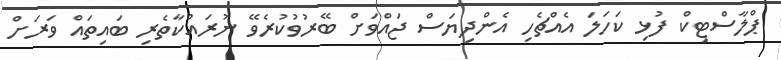
ޕްލާސްޓިކް ފުޅި ކަހަލަ އެއްޗެހި އެންދިޔަސް ޖައްވަށް ބޭރުވުކުރެވޭ ނުރައްކާތެރި ބައިތައް ވަރަށް